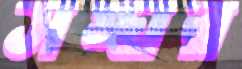
সঙ্ঘর